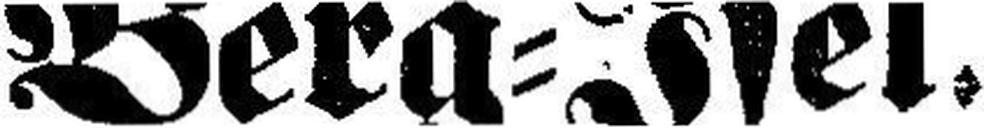
Berg=Isel.